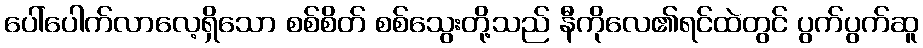
ပေါ်ပေါက်လာလေ့ရှိသော စစ်စိတ် စစ်သွေးတို့သည် နီကိုလေ၏ရင်ထဲတွင် ပွက်ပွက်ဆူ